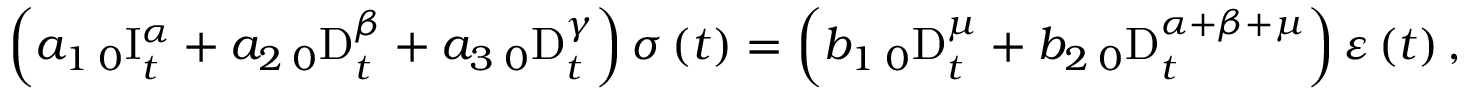
\left( a _ { 1 } \, _ { 0 } \mathrm { I } _ { t } ^ { \alpha } + a _ { 2 } \, _ { 0 } \mathrm { D } _ { t } ^ { \beta } + a _ { 3 } \, _ { 0 } \mathrm { D } _ { t } ^ { \gamma } \right) \sigma \left( t \right) = \left( b _ { 1 } \, _ { 0 } \mathrm { D } _ { t } ^ { \mu } + b _ { 2 } \, _ { 0 } \mathrm { D } _ { t } ^ { \alpha + \beta + \mu } \right) \varepsilon \left( t \right) ,